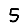
Digit: 5